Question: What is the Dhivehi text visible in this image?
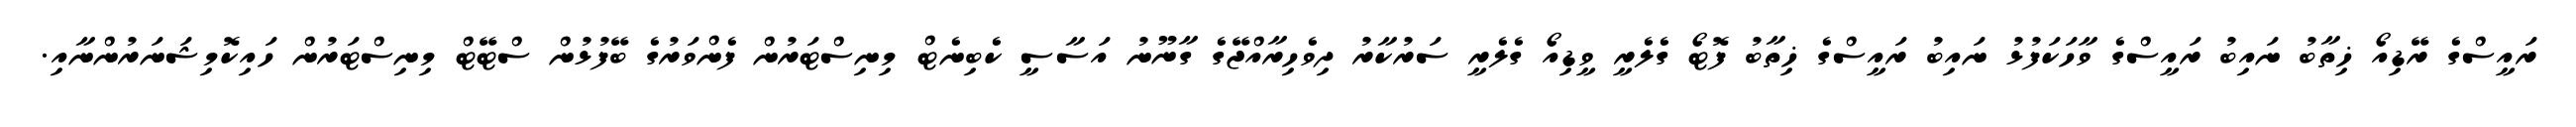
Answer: ރައީސްގެ ރޭޑިއޯ ޚިތާބު ނައިބު ރައީސްގެ ވާހަކަފުޅު ނައިބު ރައީސްގެ ޚިތާބު ފޮޓޯ ގެލެރީ ވީޑިއޯ ގެލެރީ ސަރުކާރު ދިވެހިރާއްޖޭގެ ގާނޫނު އަސާސީ ކެބިނެޓް މިނިސްޓަރުން ފެންވަރުގެ ބޭފުޅުން ސްޓޭޓް މިނިސްޓަރުން ހައިކޮމިޝަނަރުންނާއި.